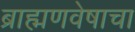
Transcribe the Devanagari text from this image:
ब्राह्मणवेषाचा